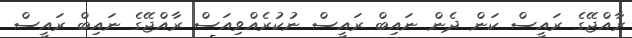
ރާއްޖޭގެ ރައީސް ކަން ދެން ނައިބް ރައީސް ނުކުރެއްވިއަސް ރާއްޖޭގެ ނައިބް ރައީސް